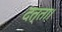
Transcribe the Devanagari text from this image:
दत्ता।